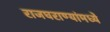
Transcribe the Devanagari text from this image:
राजघराण्यांमध्ये